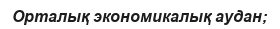
Орталық экономикалық аудан;